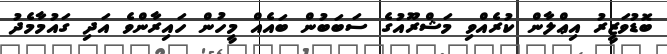
ބޮޑުވަޒީރު އިޢްލާން ކުރެއްވި މަޝްރޫއުގެ ސަބަބުން ބައެއް މީހުން ހައިރާންވެ އަދި ގައުމާމެދު